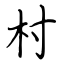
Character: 村